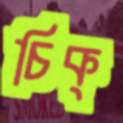
চিক্